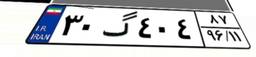
۳۰گ۴۰۴۸۷